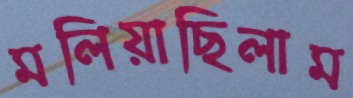
মলিয়াছিলাম